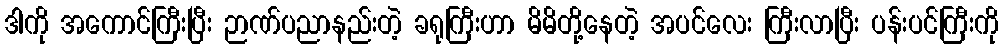
ဒါကို အကောင်ကြီးပြီး ဉာဏ်ပညာနည်းတဲ့ ခရုကြီးဟာ မိမိတို့နေတဲ့ အပင်လေး ကြီးလာပြီး ပန်းပင်ကြီးကို